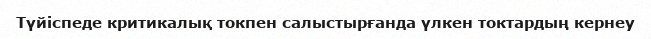
Түйіспеде критикалық токпен салыстырғанда үлкен токтардың кернеу